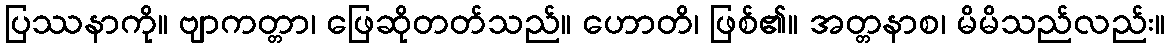
ပြဿနာကို။ ဗျာကတ္တာ၊ ဖြေဆိုတတ်သည်။ ဟောတိ၊ ဖြစ်၏။ အတ္တနာစ၊ မိမိသည်လည်း။